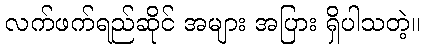
လက်ဖက်ရည်ဆိုင် အများ အပြား ရှိပါသတဲ့။